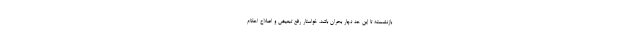
بازنشسته تا این حد دچار بحران باشد، خواستار رفع تبعیض و اصلاح احکام